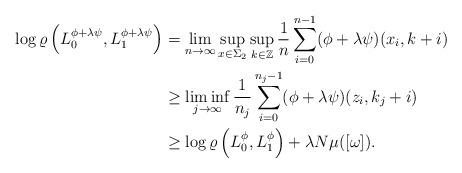
LaTeX: \begin{align*}\log\varrho\left(L_0^{\phi+\lambda\psi},L_1^{\phi+\lambda \psi}\right) &=\lim_{n \to \infty}\sup_{x \in \Sigma_2}\sup_{k \in \mathbb{Z}} \frac{1}{n}\sum_{i=0}^{n-1}(\phi+\lambda\psi)(x_i,k+i)\\&\geq \liminf_{j \to \infty} \frac{1}{n_j}\sum_{i=0}^{n_j-1} (\phi+\lambda\psi)(z_i,k_j+i)\\&\geq \log\varrho\left(L_0^\phi,L_1^\phi\right)+\lambda N\mu([\omega]).\end{align*}